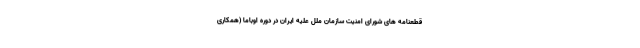
قطعنامه های شورای امنیت سازمان ملل علیه ایران در دوره اوباما (همکاری